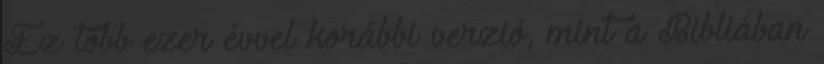
Ez több ezer évvel korábbi verzió, mint a Bibliában